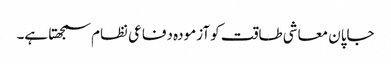
جاپان معاشی طاقت کو آزمودہ دفاعی نظام سمجھتا ہے۔